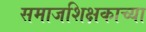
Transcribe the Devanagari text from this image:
समाजशिक्षकाच्या